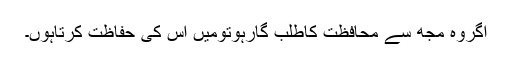
اگروہ مجھ سے محافظت کاطلب گارہوتومیں اس کی حفاظت کرتاہوں۔